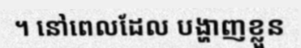
។ នៅពេលដែល បង្ហាញខ្លួន